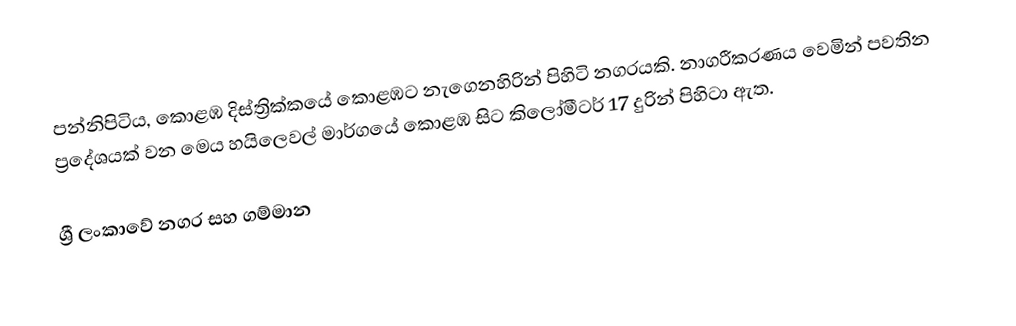
පන්නිපිටිය, කොළඹ දිස්ත්‍රික්කයේ කොළඹට නැගෙනහිරින් පිහිටි නගරයකි. නාගරීකරණය  වෙමින් පවතින ප්‍රදේශයක් වන මෙය හයිලෙවල් මාර්ගයේ කොළඹ සිට කිලෝමීටර් 17 දුරින් පිහිටා ඇත.

ශ්‍රී ලංකාවේ නගර සහ ගම්මාන